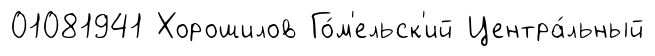
01081941 Хорошилов Го́м'ельск'ий Центра́льный